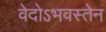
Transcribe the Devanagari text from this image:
वेदोऽभवस्तेन